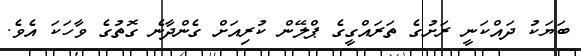
ބަޔަކު ދައްކަނީ ރަށުގެ ތަރައްގީގެ ޕްލޭން ކުރިއަށް ގެންދާނެ ގޮތުގެ ވާހަކަ އެވެ.